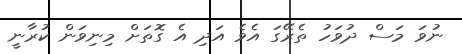
ނުވަ މަސް ދުވަހު ތެރޭގަ އެވެ އަދި އެ ގޮތަށް މިނިވަން ކުރާނީ